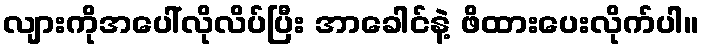
လျားကိုအပေါ်လိုလိပ်ပြီး အာခေါင်နဲ့ ဖိထားပေးလိုက်ပါ။